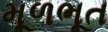
મૂળભૂત